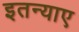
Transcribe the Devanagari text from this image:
इतन्याए